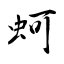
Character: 蚵